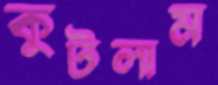
কুটলাম